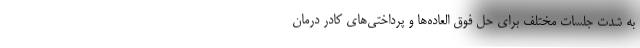
به شدت جلسات مختلف برای حل فوق العاده‌ها و پرداختی‌های کادر درمان